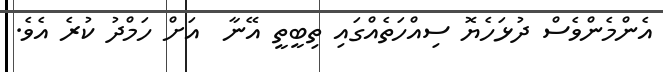
އެންމެންވެސް ދުޅަހެޔޮ ސިއްހަތެއްގައި ތިބީތީ އޭނާ  އަށް ހަމްދު ކުރެ އެވެ.